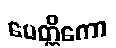
ပေတ္တိကော